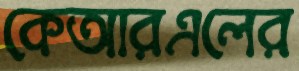
কেআরএলের